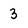
Character: 3